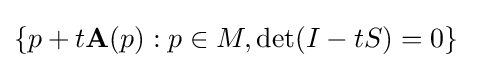
\{p+t\mathbf {A} (p):p\in M,\det(I-tS)=0\}\